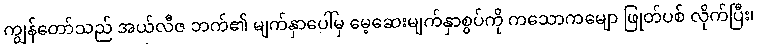
ကျွန်တော်သည် အယ်လီဇ ဘက်၏ မျက်နှာပေါ်မှ မေ့ဆေးမျက်နှာစွပ်ကို ကသောကမျော ဖြုတ်ပစ် လိုက်ပြီး၊